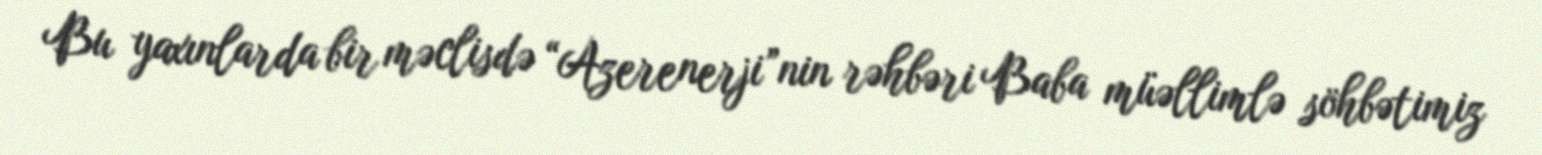
Bu yaxınlarda bir məclisdə “Azerenerji”nin rəhbəri Baba müəllimlə söhbətimiz